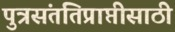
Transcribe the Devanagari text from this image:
पुत्रसंततिप्राप्तीसाठी